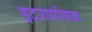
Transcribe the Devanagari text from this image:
हृदयपोषक